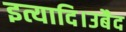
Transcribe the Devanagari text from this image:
इत्यादि।उबैद